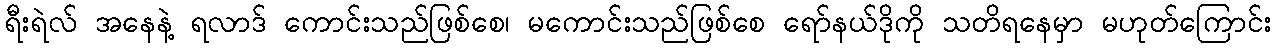
ရီးရဲလ် အနေနဲ့ ရလာဒ် ကောင်းသည်ဖြစ်စေ၊ မကောင်းသည်ဖြစ်စေ ရော်နယ်ဒိုကို သတိရနေမှာ မဟုတ်ကြောင်း